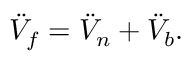
\ddot { V } _ { f } = \ddot { V } _ { n } + \ddot { V } _ { b } .